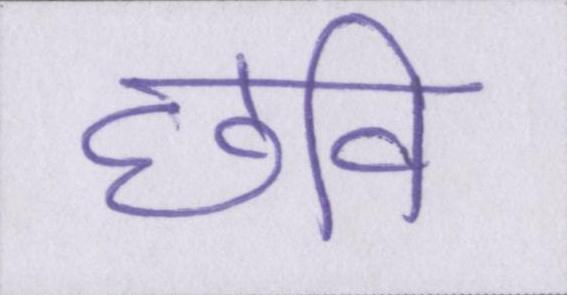
छवि